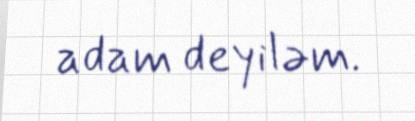
adam deyiləm.